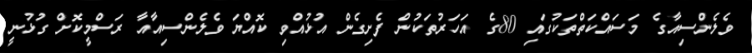
ވެލެންސިއާގެ މަސައްކަތްތަކުގައި 80ގެ އަހަރުތަކުން ފެށިގެން އުޅުއްވި ކޮއްޔަ ވެލެންސިއާއާ ރަސްމީކޮށް ގުޅުނީ